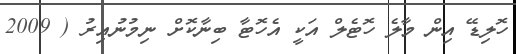
ހޮލިޑޭ އިން މާލެ ހޮޓެލް އަކީ އެހޮޓާ ބިނާކޮށް ނިމުނުއިރު ( 2009